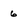
Character: 6